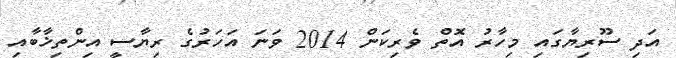
އަދި ސޫރިޔާގައި މިހާރު އޮތް ވެރިކަން 2014 ވަނަ އަހަރުގެ ރިޔާސީ އިންތިޚާބާއި